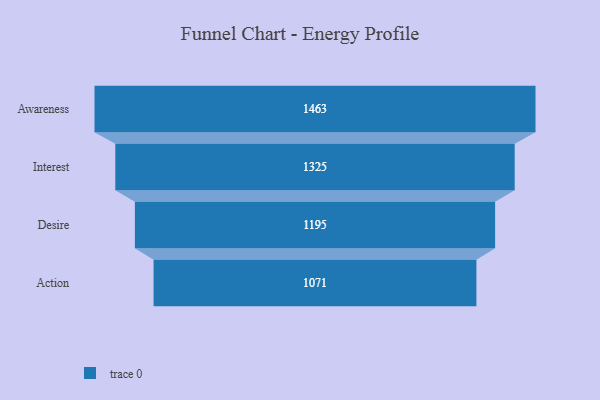
{"axis": {"x": "Stage", "y": "Value"}, "legend": [""], "data": [{"x": "Awareness", "y": 1463.0, "type": ""}, {"x": "Interest", "y": 1325.0, "type": ""}, {"x": "Desire", "y": 1195.0, "type": ""}, {"x": "Action", "y": 1071.0, "type": ""}]}